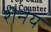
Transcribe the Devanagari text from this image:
शैनेय